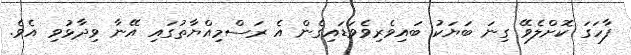
ފާހަގަ ކޮށްލެވޭ ގިނަ ބަޔަކު ބައިވެރިވެވަޑައިގެން އެ ރަސްމިއްޔާތުގައި އޭނާ ވިދާޅުވި އެވެ.